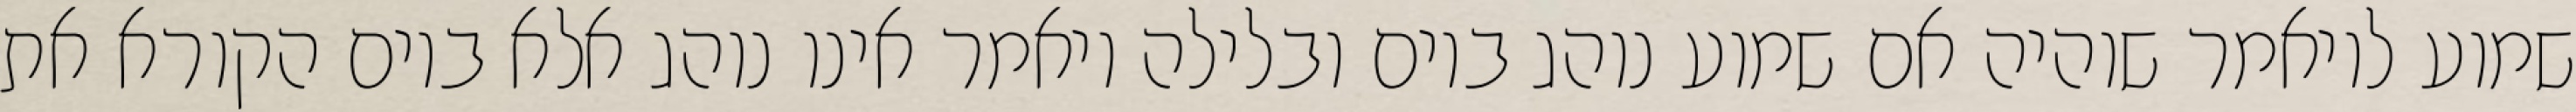
שמוע לויאמר שוהיה אם שמוע נוהג ביום ובלילה ויאמר אינו נוהג אלא ביום הקורא את